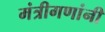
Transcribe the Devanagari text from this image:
मंत्रीगणांनी